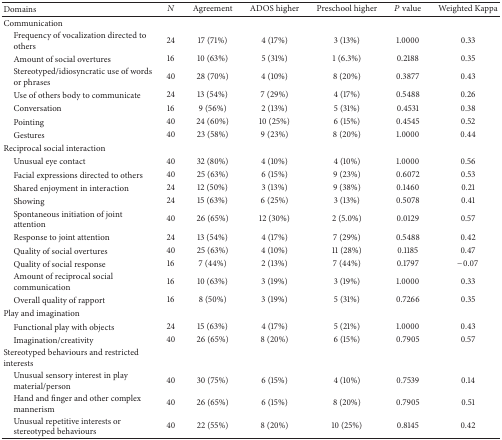
<table><thead><tr><td><b>Domains</b></td><td><b><i>N</i></b></td><td><b>Agreement</b></td><td><b>ADOS higher</b></td><td><b>Preschool higher</b></td><td><b><i>P</i> value</b></td><td><b>Weighted Kappa</b></td></tr></thead><tbody><tr><td>Communication</td><td> </td><td> </td><td> </td><td> </td><td> </td><td> </td></tr><tr><td> Frequency of vocalization directed to others</td><td>24</td><td>17 (71%)</td><td>4 (17%)</td><td>3 (13%)</td><td>1.0000</td><td>0.33</td></tr><tr><td> Amount of social overtures</td><td>16</td><td>10 (63%)</td><td>5 (31%)</td><td>1 (6.3%)</td><td>0.2188</td><td>0.35</td></tr><tr><td> Stereotyped/idiosyncratic use of words or phrases</td><td>40</td><td>28 (70%)</td><td>4 (10%)</td><td>8 (20%)</td><td>0.3877</td><td>0.43</td></tr><tr><td> Use of others body to communicate</td><td>24</td><td>13 (54%)</td><td>7 (29%)</td><td>4 (17%)</td><td>0.5488</td><td>0.26</td></tr><tr><td> Conversation</td><td>16</td><td>9 (56%)</td><td>2 (13%)</td><td>5 (31%)</td><td>0.4531</td><td>0.38</td></tr><tr><td> Pointing</td><td>40</td><td>24 (60%)</td><td>10 (25%)</td><td>6 (15%)</td><td>0.4545</td><td>0.52</td></tr><tr><td> Gestures</td><td>40</td><td>23 (58%)</td><td>9 (23%)</td><td>8 (20%)</td><td>1.0000</td><td>0.44</td></tr><tr><td>Reciprocal social interaction</td><td> </td><td> </td><td> </td><td> </td><td> </td><td> </td></tr><tr><td> Unusual eye contact</td><td>40</td><td>32 (80%)</td><td>4 (10%)</td><td>4 (10%)</td><td>1.0000</td><td>0.56</td></tr><tr><td> Facial expressions directed to others</td><td>40</td><td>25 (63%)</td><td>6 (15%)</td><td>9 (23%)</td><td>0.6072</td><td>0.53</td></tr><tr><td> Shared enjoyment in interaction</td><td>24</td><td>12 (50%)</td><td>3 (13%)</td><td>9 (38%)</td><td>0.1460</td><td>0.21</td></tr><tr><td> Showing</td><td>24</td><td>15 (63%)</td><td>6 (25%)</td><td>3 (13%)</td><td>0.5078</td><td>0.41</td></tr><tr><td> Spontaneous initiation of joint attention</td><td>40</td><td>26 (65%)</td><td>12 (30%)</td><td>2 (5.0%)</td><td>0.0129</td><td>0.57</td></tr><tr><td> Response to joint attention</td><td>24</td><td>13 (54%)</td><td>4 (17%)</td><td>7 (29%)</td><td>0.5488</td><td>0.42</td></tr><tr><td> Quality of social overtures</td><td>40</td><td>25 (63%)</td><td>4 (10%)</td><td>11 (28%)</td><td>0.1185</td><td>0.47</td></tr><tr><td> Quality of social response</td><td>16</td><td>7 (44%)</td><td>2 (13%)</td><td>7 (44%)</td><td>0.1797</td><td>−0.07</td></tr><tr><td> Amount of reciprocal social communication</td><td>16</td><td>10 (63%)</td><td>3 (19%)</td><td>3 (19%)</td><td>1.0000</td><td>0.33</td></tr><tr><td> Overall quality of rapport</td><td>16</td><td>8 (50%)</td><td>3 (19%)</td><td>5 (31%)</td><td>0.7266</td><td>0.35</td></tr><tr><td>Play and imagination</td><td> </td><td> </td><td> </td><td> </td><td> </td><td> </td></tr><tr><td> Functional play with objects</td><td>24</td><td>15 (63%)</td><td>4 (17%)</td><td>5 (21%)</td><td>1.0000</td><td>0.43</td></tr><tr><td> Imagination/creativity</td><td>40</td><td>26 (65%)</td><td>8 (20%)</td><td>6 (15%)</td><td>0.7905</td><td>0.57</td></tr><tr><td>Stereotyped behaviours and restricted interests</td><td> </td><td> </td><td> </td><td> </td><td> </td><td> </td></tr><tr><td> Unusual sensory interest in play material/person</td><td>40</td><td>30 (75%)</td><td>6 (15%)</td><td>4 (10%)</td><td>0.7539</td><td>0.14</td></tr><tr><td> Hand and finger and other complex mannerism</td><td>40</td><td>26 (65%)</td><td>6 (15%)</td><td>8 (20%)</td><td>0.7905</td><td>0.51</td></tr><tr><td> Unusual repetitive interests or stereotyped behaviours</td><td>40</td><td>22 (55%)</td><td>8 (20%)</td><td>10 (25%)</td><td>0.8145</td><td>0.42</td></tr></tbody></table>